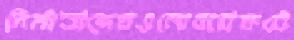
নির্মাতাদেরওমোবারকটে